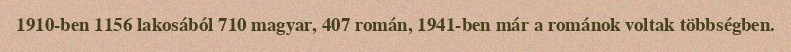
1910-ben 1156 lakosából 710 magyar, 407 román, 1941-ben már a románok voltak többségben.